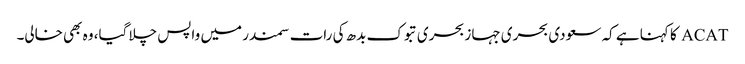
ACAT کا کہنا ہے کہ سعودی بحری جہاز بحری تبوک بدھ کی رات سمندر میں واپس چلا گیا، وہ بھی خالی۔